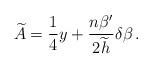
LaTeX: \begin{align*}\widetilde{A} = {1\over4}y + {n\beta'\over2\widetilde{h}}\delta\beta \, .\end{align*}